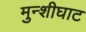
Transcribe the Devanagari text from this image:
मुन्शीघाट